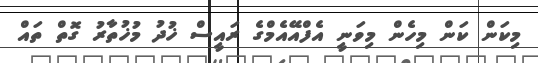
މިކަން ކަން މިހެން މިވަނީ އެފްއޭއެމްގެ ރައީސް ޚުދު މުޚުތާރު ގޮތް ތައް